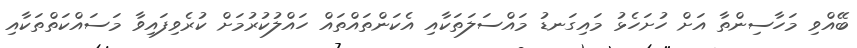
ބޭއްވި މަހާސިންތާ އަށް ހުށަހެޅު މައިގަނޑު މައްސަލަތަކާއި އެކަންތައްތައް ހައްލުކުރުމަށް ކުރެވިފައިވާ މަސައްކަތްތަކާއި